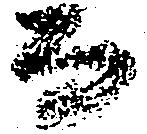
而